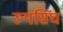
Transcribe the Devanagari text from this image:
रुपसिंघ